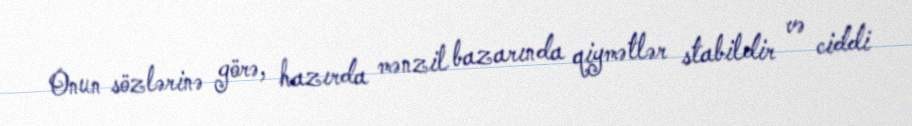
Onun sözlərinə görə, hazırda mənzil bazarında qiymətlər stabildir və ciddi